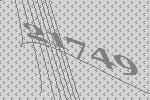
21749